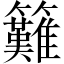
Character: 𥸁